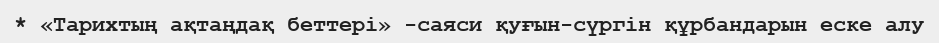
* «Тарихтың ақтаңдақ беттері» -саяси қуғын-сүргін құрбандарын еске алу